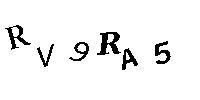
RV9RA5